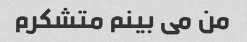
من می بینم متشکرم